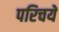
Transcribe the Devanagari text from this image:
परिचयें